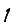
Digit: 1